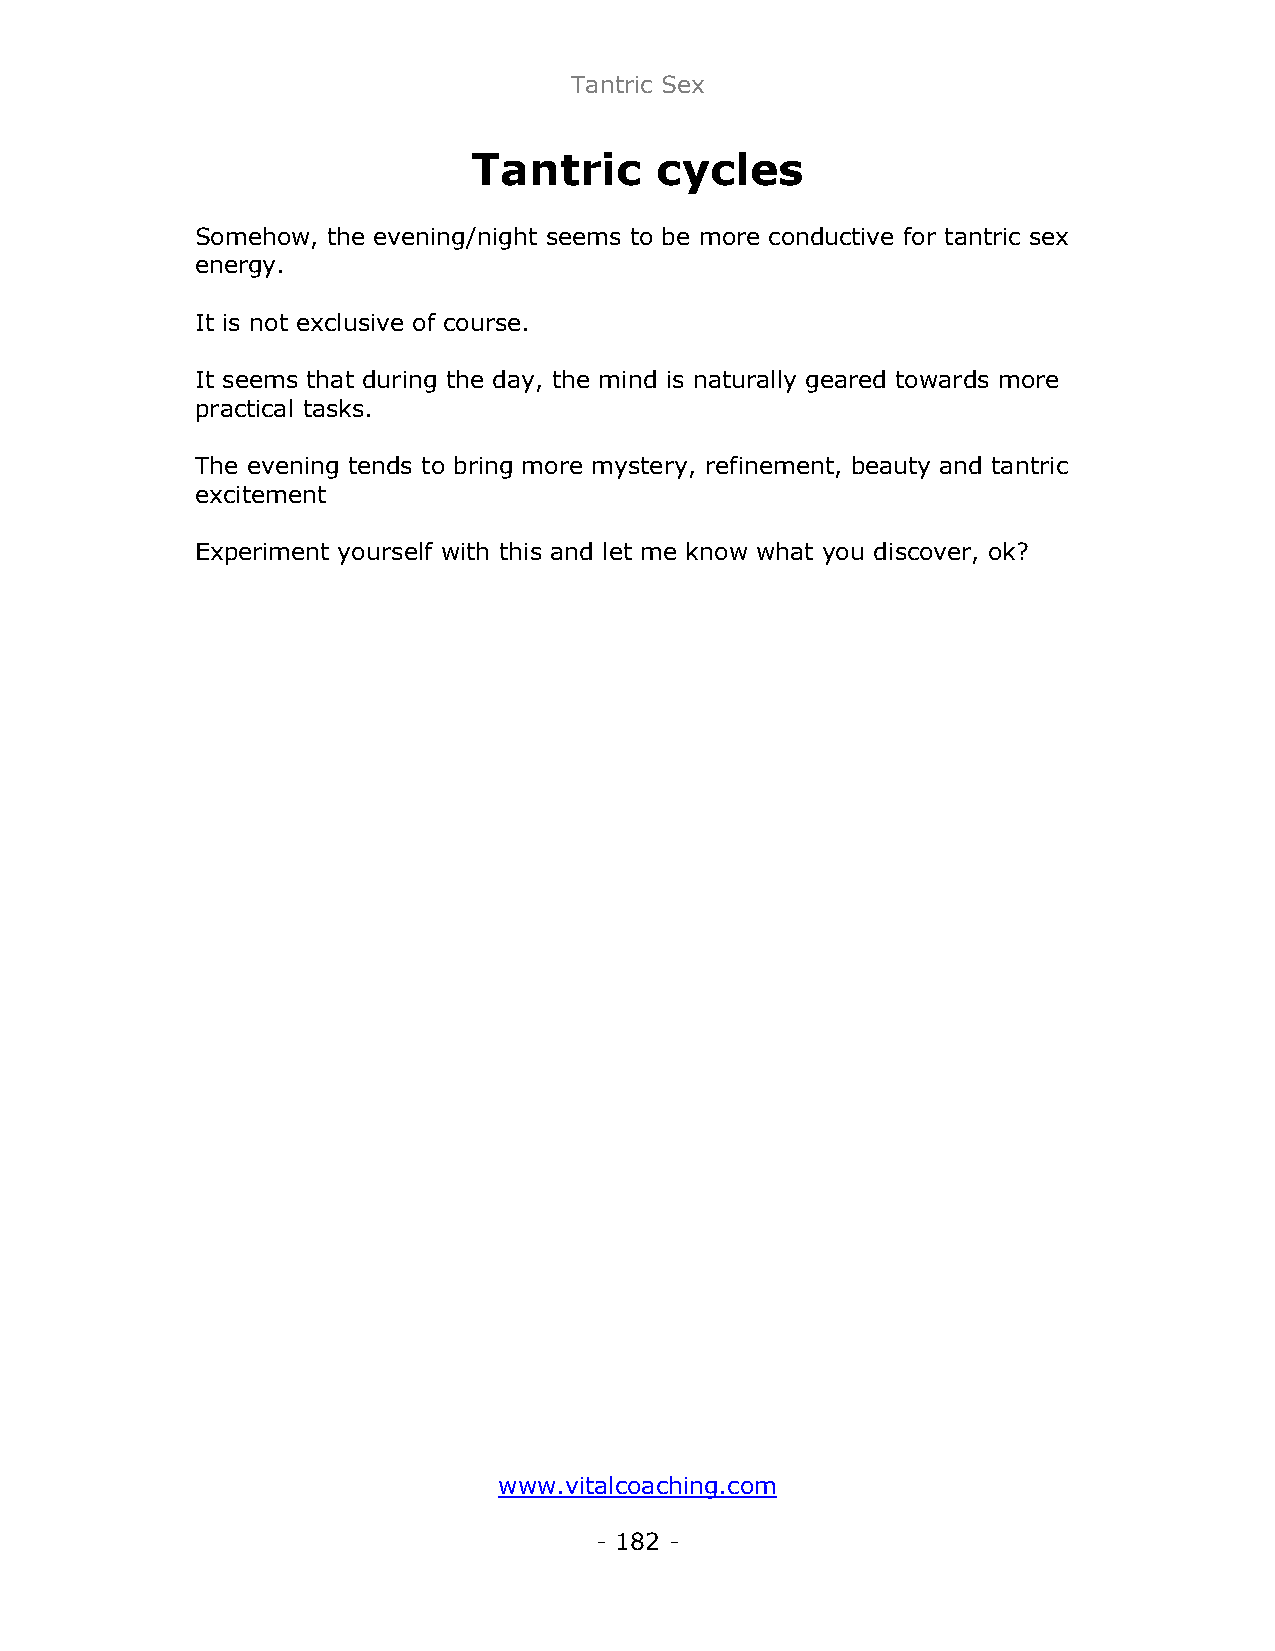
Tantric Sex
 Tantric     cycles
 Somehow, the evening/night seems to be more conductive for tantric sex
 energy.
 It is not exclusive of course.
 It seems that during the day, the mind is naturally geared towards more
 practical tasks.
 The evening tends to bring more mystery, refinement, beauty and tantric
 excitement
 Experiment yourself with this and let me know what you discover, ok?
 www.vitalcoaching.com
 - 182 -